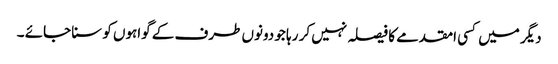
دیگر میں کسی امقدمے کا فیصلہ نہیں کر رہا جو دونوں طرف کے گواہوں کو سنا جائے ۔